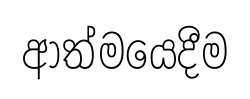
ආත්මයෙදීම